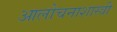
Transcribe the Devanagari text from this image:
आलोचनाशास्त्री